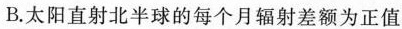
B.太阳直射北半球的每个月辐射差额为正值